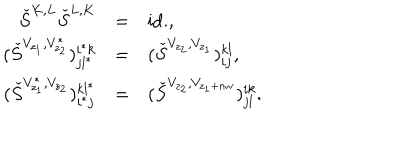
\begin{array} { r c l } { { \check { S } ^ { K , L } \check { S } ^ { L , K } } } & { { = } } & { { \mathrm { i d . } , } } \\ { { ( \check { S } ^ { V _ { z _ { 1 } } , V _ { z _ { 2 } } ^ { * } } ) _ { j l ^ { * } } ^ { i ^ { * } k } } } & { { = } } & { { ( \check { S } ^ { V _ { z _ { 2 } } , V _ { z _ { 1 } } } ) _ { i j } ^ { k l } , } } \\ { { ( \check { S } ^ { V _ { z _ { 1 } } ^ { * } , V _ { z _ { 2 } } } ) _ { i ^ { * } j } ^ { k l ^ { * } } } } & { { = } } & { { ( \check { S } ^ { V _ { z _ { 2 } } , V _ { z _ { 1 } + n w } } ) _ { j l } ^ { i k } . } } \\ \end{array}